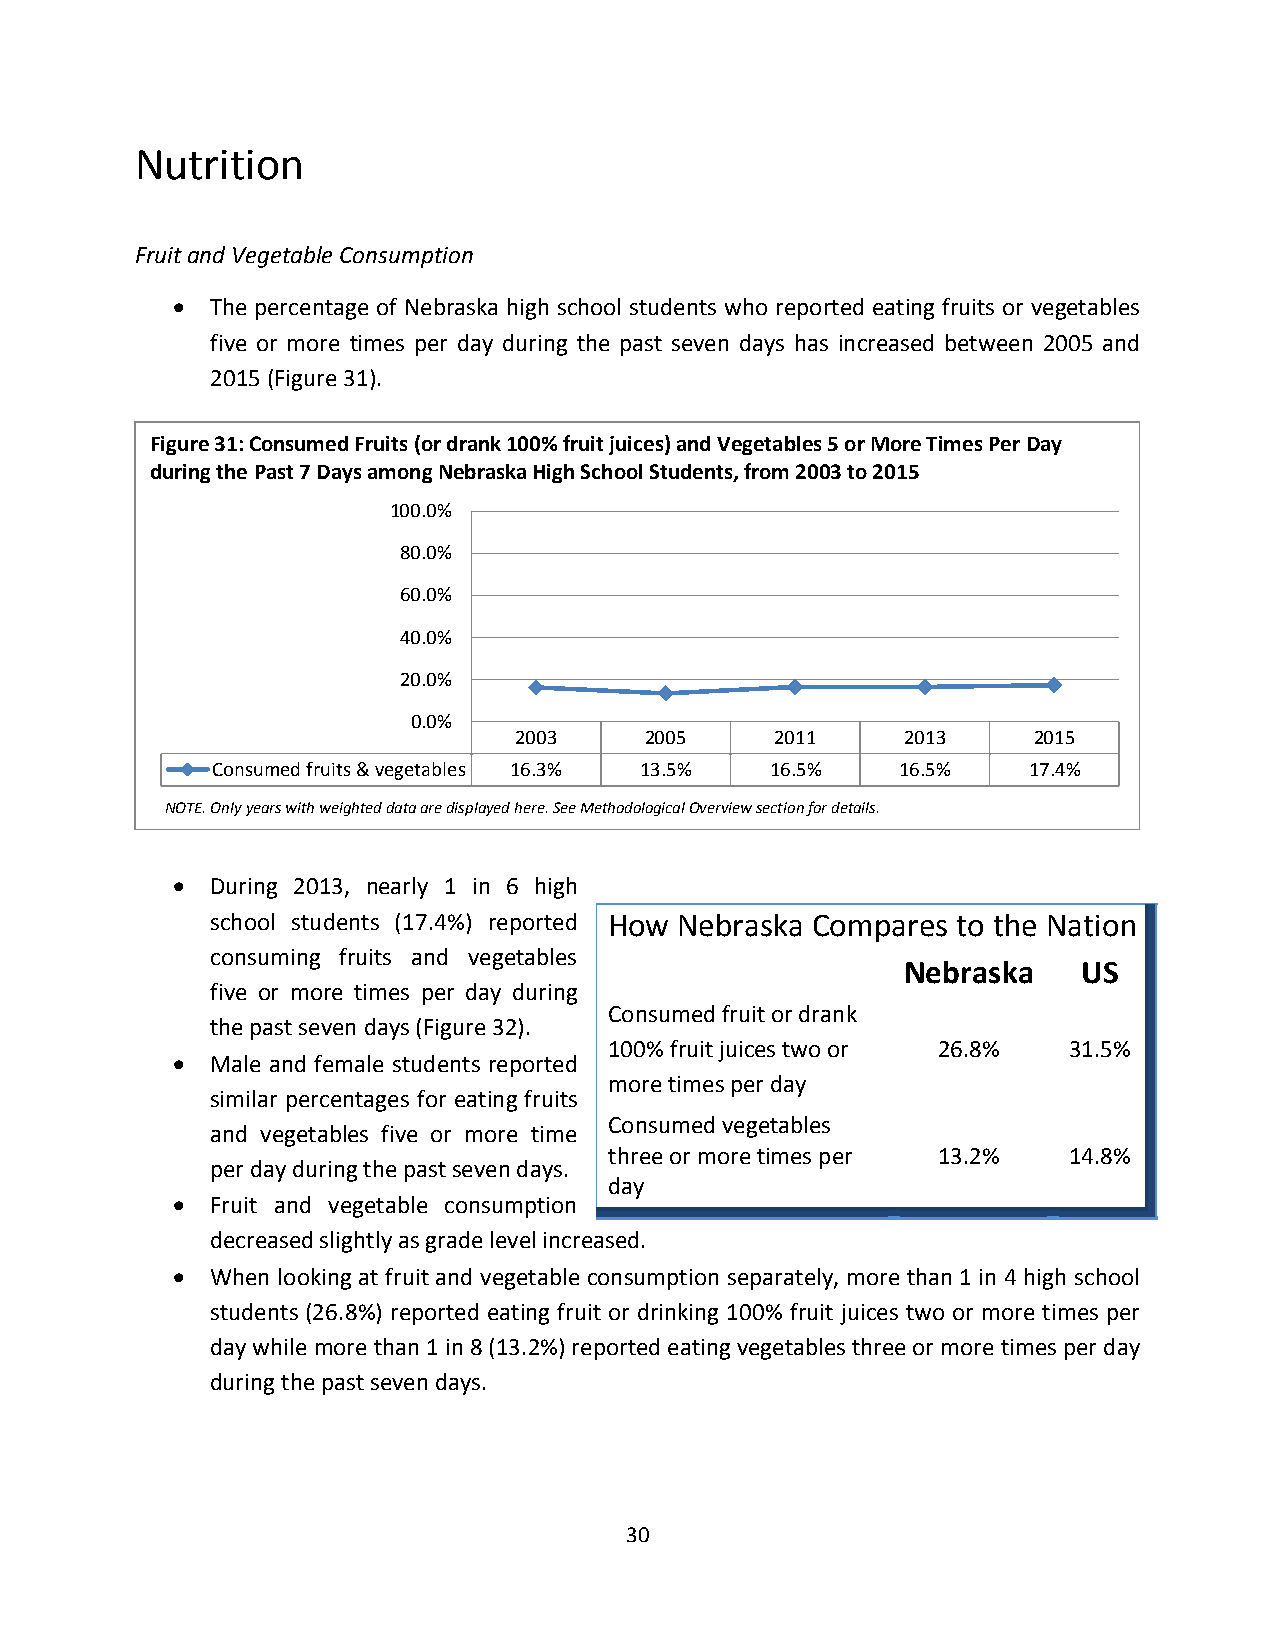
Nutrition
 Fruit and Vegetable Consumption
   The percentage of Nebraska high school students who reported eating fruits or vegetables
 five or more times per day during the past seven days has increased between 2005 and
 2015 (Figure 31).
 Figure 31: Consumed Fruits (or drank 100% fruit juices) and Vegetables 5 or More Times Per Day
 during the Past 7 Days among Nebraska High School Students, from 2003 to 2015
 100.0%
 80.0%
 60.0%
 40.0%
 20.0%
 0.0%
 2003     2005    2011     2013    2015
 Consumed fruits & vegetables 16.3% 13.5% 16.5% 16.5%  17.4%
 NOTE. Only years with weighted data are displayed here. See Methodological Overview section for details.
   During 2013, nearly 1 in 6 high
 school students (17.4%) reported How Nebraska Compares to the Nation
 consuming fruits and vegetables
 Nebraska    US
 five or more times per day during
 Consumed fruit or drank
 the past seven days (Figure 32).
 100% fruit juices two or 26.8% 31.5%
   Male and female students reported
 more times per day
 similar percentages for eating fruits
 Consumed vegetables
 and vegetables five or more time
 three or more times per 13.2%  14.8%
 per day during the past seven days.
 day
   Fruit and vegetable consumption
 decreased slightly as grade level increased.
   When looking at fruit and vegetable consumption separately, more than 1 in 4 high school
 students (26.8%) reported eating fruit or drinking 100% fruit juices two or more times per
 day while more than 1 in 8 (13.2%) reported eating vegetables three or more times per day
 during the past seven days.
 30